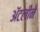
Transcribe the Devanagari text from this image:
अॅटलीने